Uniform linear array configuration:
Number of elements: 64
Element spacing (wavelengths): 1
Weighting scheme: exponential
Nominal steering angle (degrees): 45
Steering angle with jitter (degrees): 44.57
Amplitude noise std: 0.05
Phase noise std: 0.05

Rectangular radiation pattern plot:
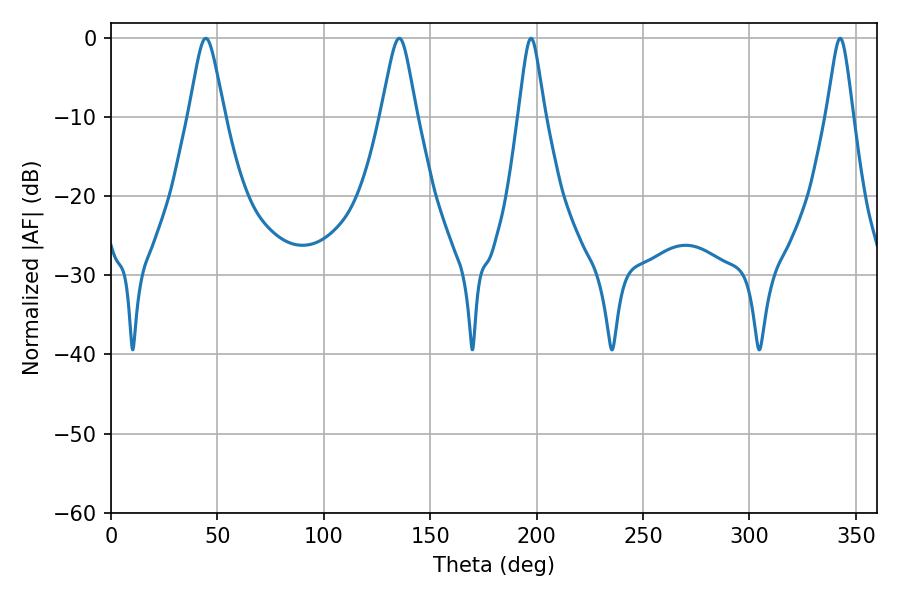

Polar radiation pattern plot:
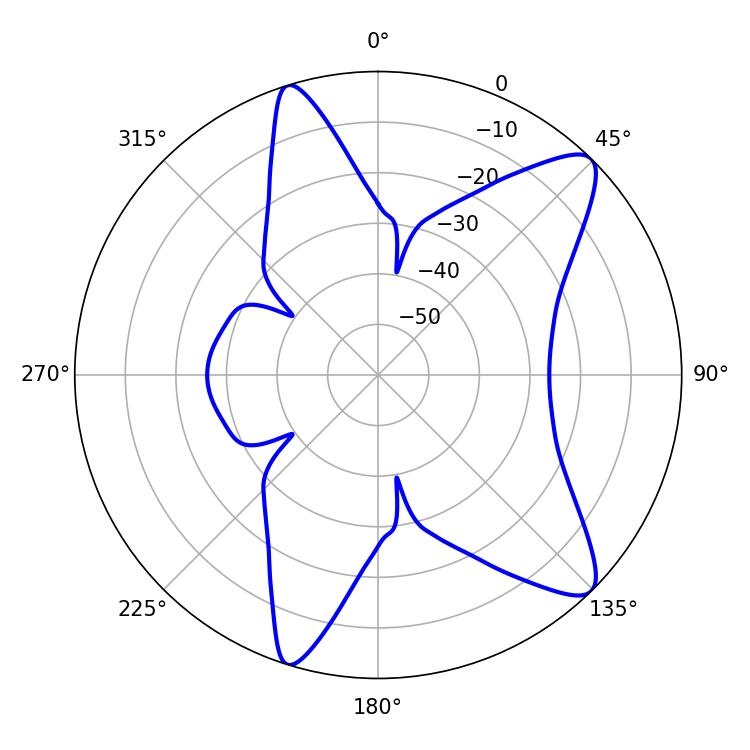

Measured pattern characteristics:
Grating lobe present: TRUE
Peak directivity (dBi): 10.863
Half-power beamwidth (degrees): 7.92
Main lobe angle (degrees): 44.46